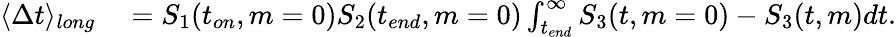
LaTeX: \begin{array}{rl}{\langle\Delta t\rangle_{long}}&{{}=S_{1}(t_{on},m=0)S_{2}(t_{end},m=0)\int_{t_{end}}^{\infty}S_{3}(t,m=0)-S_{3}(t,m)dt.}\end{array}